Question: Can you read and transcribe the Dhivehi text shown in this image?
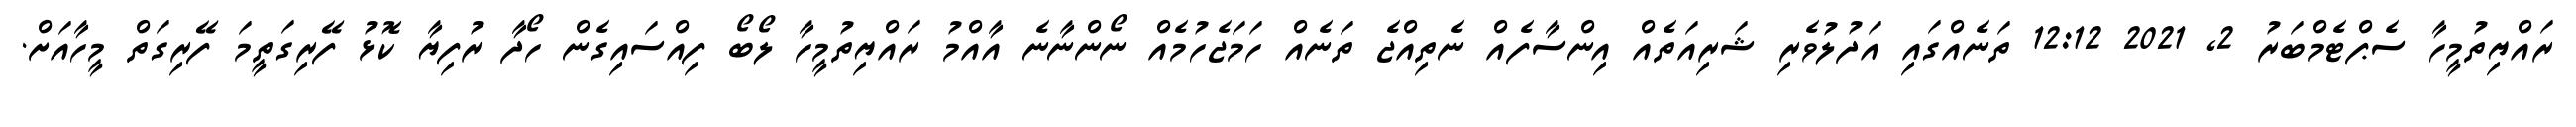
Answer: ރައްޔިތުމީހާ ސެޕްޓެމްބަރު 2, 2021 12:12 ތަނެއްގައި އަދުލުވެރި ޝަރިއަތެއް އިންސާފެއް ނެތިއްޖެ ތަނެއް ހަމަޖެހުމެއް ނޯންނާނެ އާއްމު ރައްޔިތުމީހާ ލޯބޯ ފިއްސައިގެން ހޯދާ ރުފިޔާ ކޮޅު ފޭރިގަތީމަ ފޭރިގަތް މީހާއަށް.